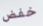
خفض